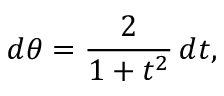
d \theta = { \frac { 2 } { 1 + t ^ { 2 } } } \, d t ,